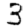
Digit: 3